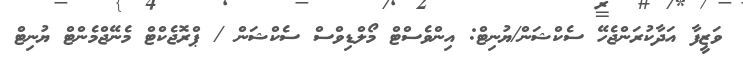
ވަޒީފާ އަދާކުރަންޖެހޭ ސެކްޝަން/ޔުނިޓް: އިންވެސްޓް މޯލްޑިވްސް ސެކްޝަން / ޕްރޮޖެކްޓް މެނޭޖްމެންޓް ޔުނިޓް